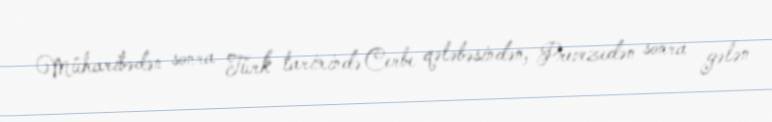
Müharibədən sonra Türk tarixində Cerbe qələbəsindən, Prevezedən sonra gələn